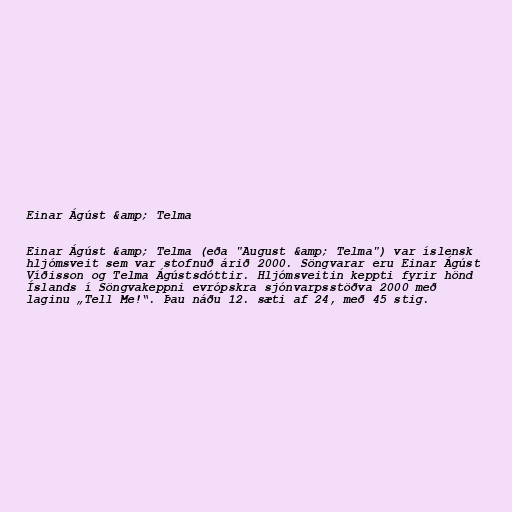
Einar Ágúst &amp; Telma

Einar Ágúst &amp; Telma (eða "August &amp; Telma") var íslensk
hljómsveit sem var stofnuð árið 2000. Söngvarar eru Einar Ágúst
Víðisson og Telma Ágústsdóttir. Hljómsveitin keppti fyrir hönd
Íslands í Söngvakeppni evrópskra sjónvarpsstöðva 2000 með
laginu „Tell Me!“. Þau náðu 12. sæti af 24, með 45 stig.